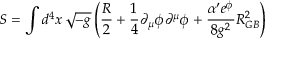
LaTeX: S = \int d ^ { 4 } x \, \sqrt { - g } \left( \frac { R } { 2 } + \frac { 1 } { 4 } \partial _ { \mu } \phi \partial ^ { \mu } \phi + \frac { \alpha ^ { \prime } e ^ { \phi } } { 8 g ^ { 2 } } { \cal R } _ { G B } ^ { 2 } \right)